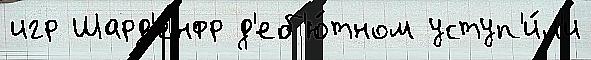
игр Шард'енфр д'еб'ю́тном уступ'и́л'и